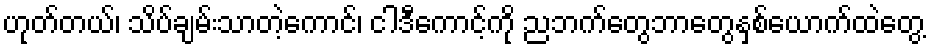
ဟုတ်တယ်၊ သိပ်ချမ်းသာတဲ့ကောင်၊ ငါဒီကောင့်ကို ညဘက်တွေဘာတွေနှစ်ယောက်ထဲတွေ့